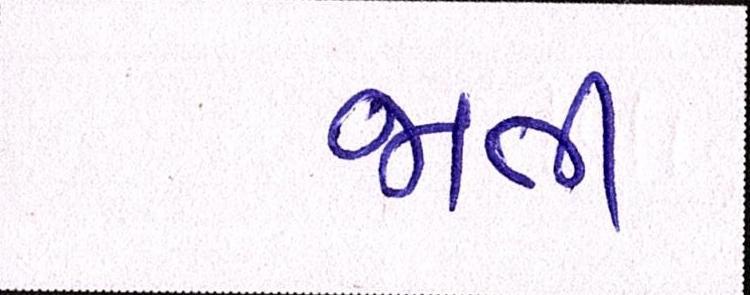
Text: જાતી